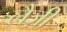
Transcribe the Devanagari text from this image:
लैज़ी